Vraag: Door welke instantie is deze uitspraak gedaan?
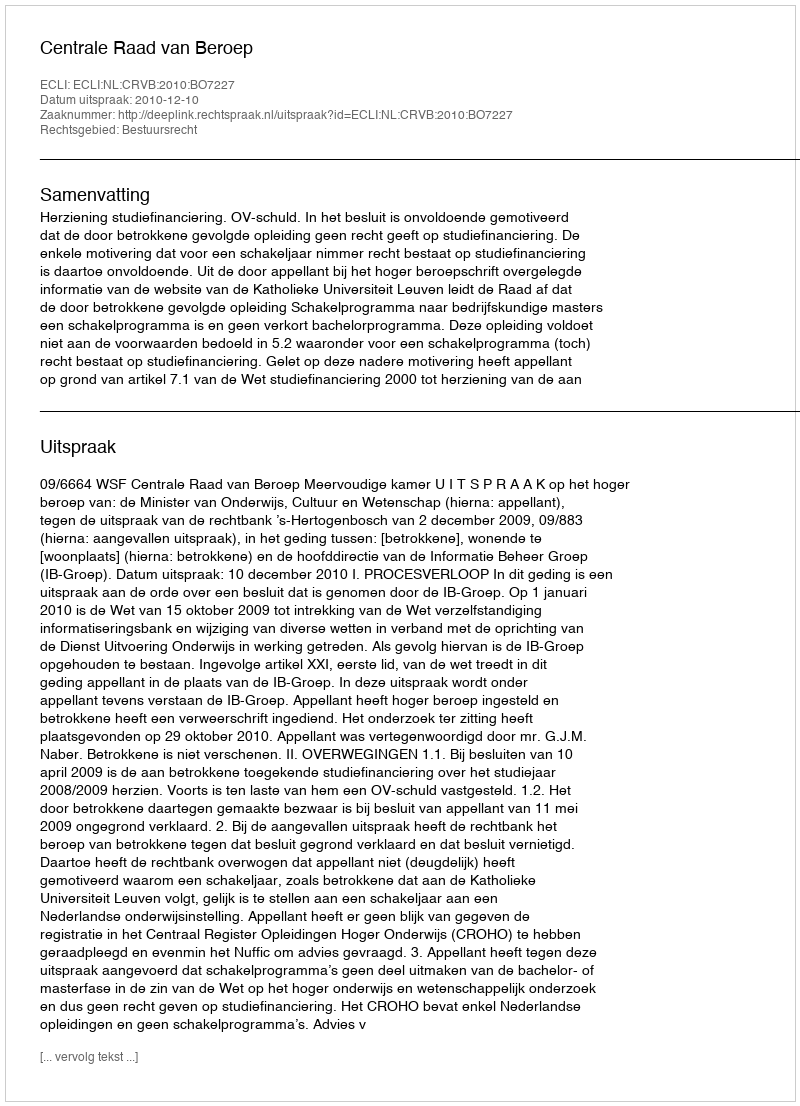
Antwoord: Centrale Raad van Beroep